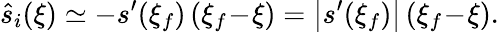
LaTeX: \hat{s}_{i}(\xi)\simeq-s^{\prime}(\xi_{f})\, (\xi_{f}\! -\! \xi)=\left|s^{\prime}(\xi_{f})\right|\, (\xi_{f}\! -\! \xi).